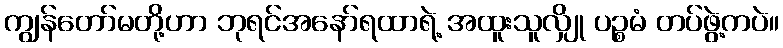
ကျွန်တော်မတို့ဟာ ဘုရင်အနော်ရထာရဲ့ အထူးသူလျှို ပဉ္စမံ တပ်ဖွဲ့ကပဲ။